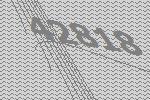
42818